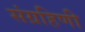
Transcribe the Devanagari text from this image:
संग्रहिणी